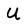
Character: U